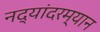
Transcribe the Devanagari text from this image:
नद्यांदरम्यान